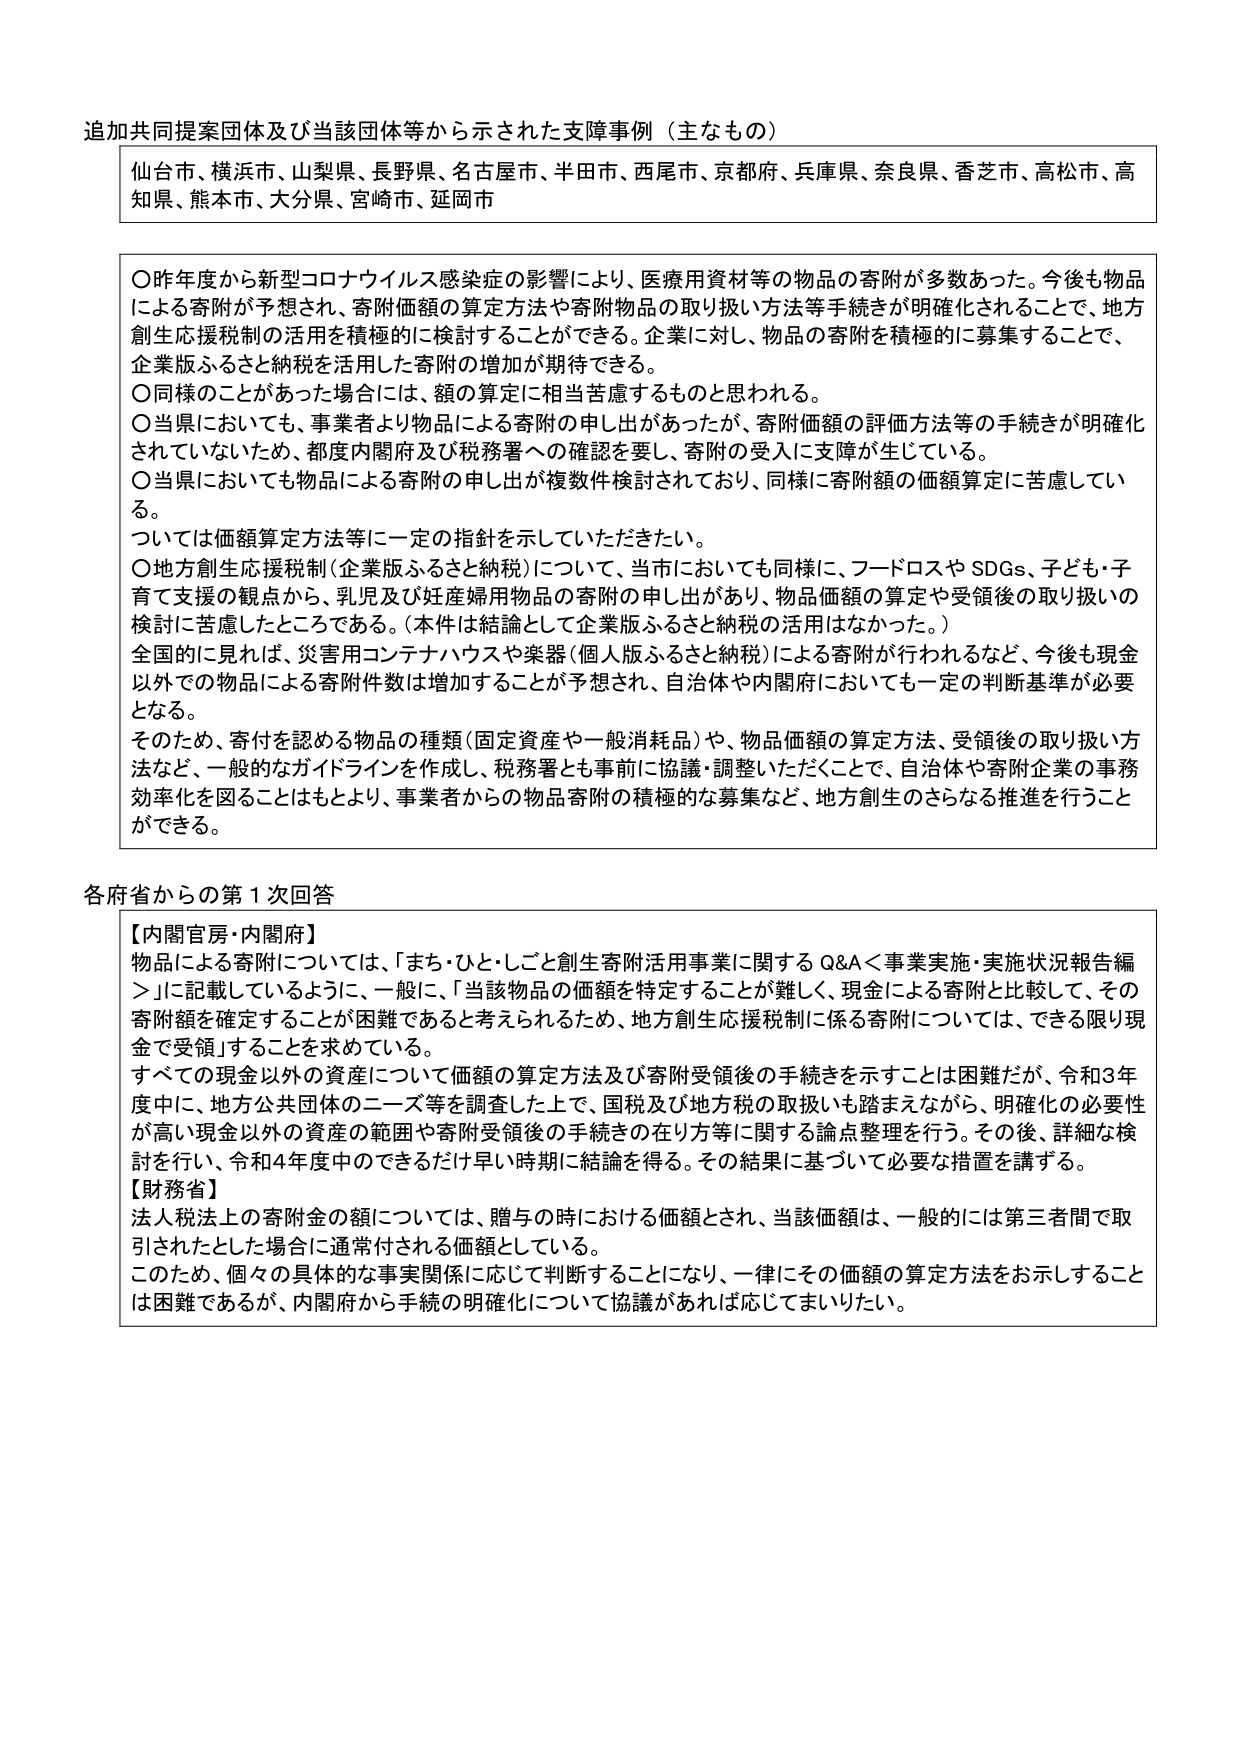
追加共同提案団体及び当該団体等から示された支援事例（主なもの）

仙台市、横浜市、山梨県、長野県、名古屋市、半田市、西尾市、京都府、兵庫県、奈良県、香芝市、高松市、高知県、熊本市、大分県、宮崎市、延岡市

〇昨年度から新型コロナウイルス感染症の影響により、医療用資材等の物品の寄附が多数あった。今後も物品による寄附が予想され、寄附価額の算定方法や寄附物品の取り扱い方法等手続きが明確化されることで、地方創生応援税制の活用を積極的に検討することができる。企業に対し、物品の寄附を積極的に募集することで、企業版ふるさと納税を活用した寄附の増加が期待できる。
〇同様のことがあった場合には、額の算定に相当苦慮するものと思われる。
〇当県においても、事業者より物品による寄附の申し出があったが、寄附価額の評価方法等の手続きが明確化されていないため、都度内閣府及び税務署への確認を要し、寄附の受入に支障が生じている。
〇当県においても物品による寄附の申し出が複数件検討されており、同様に寄附額の価額算定に苦慮している。
ついては価額算定方法等に一定の指針を示していただきたい。
〇地方創生応援税制（企業版ふるさと納税）について、当市においても同様に、フードロスやSDGs、子ども・子育て支援の観点から、乳児及び妊産婦用物品の寄附の申し出があり、物品価額の算定や受領後の取り扱いの検討に苦慮したところである。（本件は結論として企業版ふるさと納税の活用はなかった。）
全国的に見れば、災害用コンテナハウスや楽器（個人版ふるさと納税）による寄附が行われるなど、今後も現金以外での物品による寄附件数は増加することが予想され、自治体や内閣府においても一定の判断基準が必要となる。
そのため、寄付を認める物品の種類（固定資産や一般消耗品）や、物品価額の算定方法、受領後の取り扱い方法など、一般的なガイドラインを作成し、税務署とも事前に協議・調整いただくことで、自治体や寄附企業の事務効率化を図ることはもとより、事業者からの物品寄附の積極的な募集など、地方創生のさらなる推進を行うことができる。

各府省からの第1次回答

【内閣官房・内閣府】
物品による寄附については、「まち・ひと・しごと創生寄附活用事業に関するQ&A＜事業実施・実施状況報告編＞」に記載しているように、一般に、「当該物品の価額を特定することが難しく、現金による寄附と比較して、その寄附額を確定することが困難であると考えられるため、地方創生応援税制に係る寄附については、できる限り現金で受領」することを求めている。
すべての現金以外の資産について価額の算定方法及び寄附受領後の手続きを示すことは困難だが、令和3年度中に、地方公共団体のニーズ等を調査した上で、国税及び地方税の取扱いも踏まえながら、明確化の必要性が高い現金以外の資産の範囲や寄附受領後の手続きの在り方等に関する論点整理を行う。その後、詳細な検討を行い、令和4年度中のできるだけ早い時期に結論を得る。その結果に基づいて必要な措置を講ずる。

【財務省】
法人税法上の寄附金の額については、贈与の時における価額とされ、当該価額は、一般的には第三者間で取引されたとした場合に通常付される価額としている。
このため、個々の具体的な事実関係に応じて判断することになり、一律にその価額の算定方法をお示しすることは困難であるが、内閣府から手続の明確化について協議があれば応じてまいりたい。